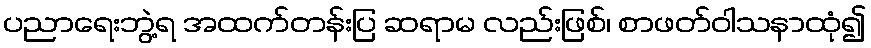
ပညာရေးဘွဲ့ရ အထက်တန်းပြ ဆရာမ လည်းဖြစ်၊ စာဖတ်ဝါသနာထုံ၍